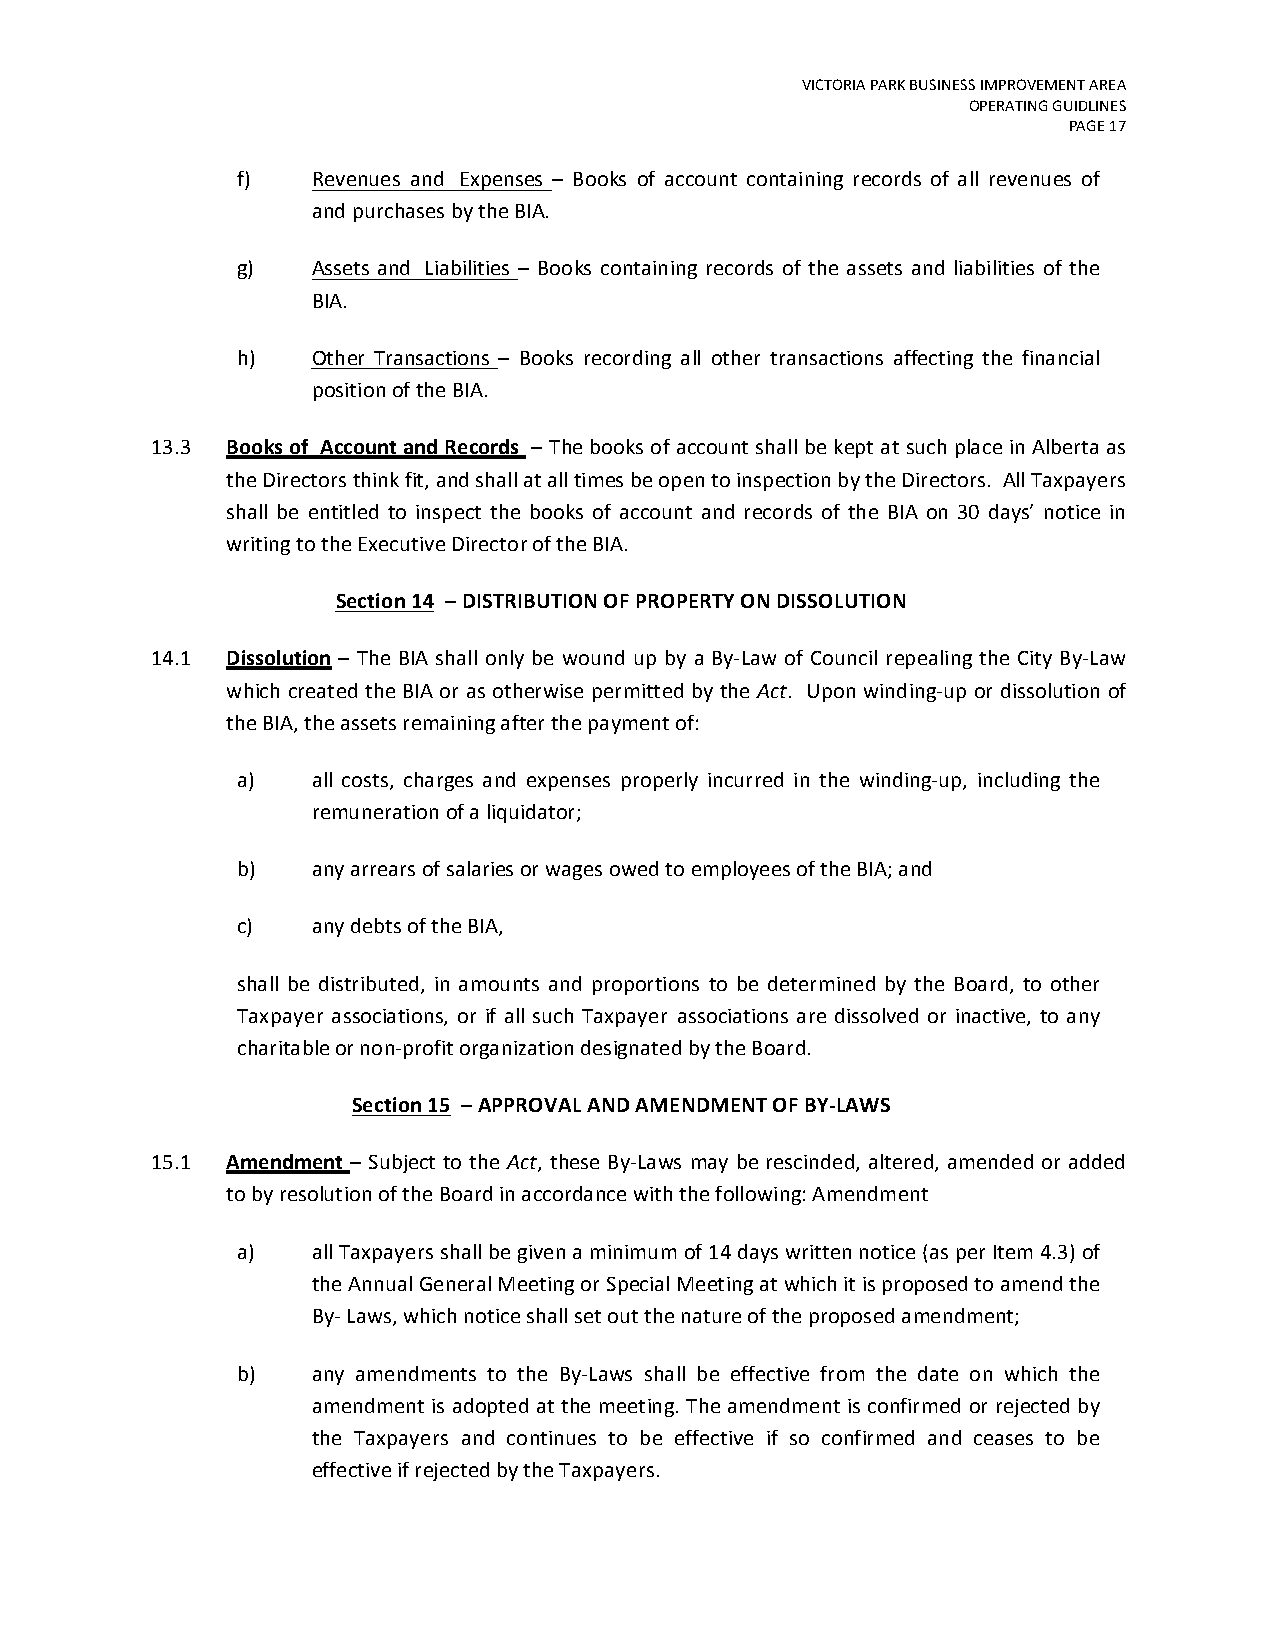
VICTORIA PARK BUSINESS IMPROVEMENT AREA
 OPERATING GUIDLINES
 PAGE 17
 f)   Revenues and Expenses – Books of account containing records of all revenues of
 and purchases by the BIA.
 g)   Assets and Liabilities – Books containing records of the assets and liabilities of the
 BIA.
 h)   Other Transactions – Books recording all other transactions affecting the financial
 position of the BIA.
 13.3 Books of Account and Records – The books of account shall be kept at such place in Alberta as
 the Directors think fit, and shall at all times be open to inspection by the Directors. All Taxpayers
 shall be entitled to inspect the books of account and records of the BIA on 30 days’ notice in
 writing to the Executive Director of the BIA.
 Section 14 – DISTRIBUTION OF PROPERTY ON DISSOLUTION
 14.1 Dissolution – The BIA shall only be wound up by a By-Law of Council repealing the City By-Law
 which created the BIA or as otherwise permitted by the Act. Upon winding-up or dissolution of
 the BIA, the assets remaining after the payment of:
 a)   all costs, charges and expenses properly incurred in the winding-up, including the
 remuneration of a liquidator;
 b)   any arrears of salaries or wages owed to employees of the BIA; and
 c)   any debts of the BIA,
 shall be distributed, in amounts and proportions to be determined by the Board, to other
 Taxpayer associations, or if all such Taxpayer associations are dissolved or inactive, to any
 charitable or non-profit organization designated by the Board.
 Section 15 – APPROVAL AND AMENDMENT OF BY-LAWS
 15.1 Amendment – Subject to the Act, these By-Laws may be rescinded, altered, amended or added
 to by resolution of the Board in accordance with the following: Amendment
 a)   all Taxpayers shall be given a minimum of 14 days written notice (as per Item 4.3) of
 the Annual General Meeting or Special Meeting at which it is proposed to amend the
 By- Laws, which notice shall set out the nature of the proposed amendment;
 b)   any amendments to the By-Laws shall be effective from the date on which the
 amendment is adopted at the meeting. The amendment is confirmed or rejected by
 the Taxpayers and continues to be effective if so confirmed and ceases to be
 effective if rejected by the Taxpayers.